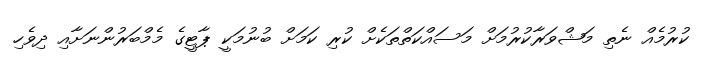
ކުރުމެއް ނެތި މަޝްވަރާކުރުމަށް މަސައްކަތްތަކެށް ކުރި ކަމަށް ބުނުމަކީ ޕާޓީގެ މެމްބަރުންނަށާއި ދިވެހި